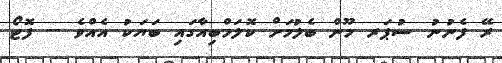
ރޭ ފެނުނު ސުޕަރ މޫން ބެލުމަށް ކޮލަމްބިއާގައި ބަޔަކު އެއްވެ -- ފޮޓޯ